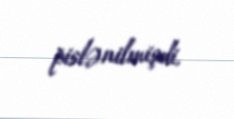
pislənilmişdi.